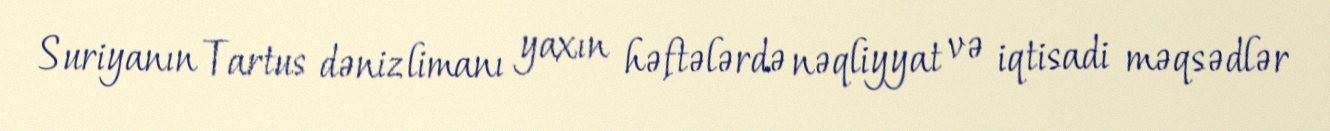
Suriyanın Tartus dəniz limanı yaxın həftələrdə nəqliyyat və iqtisadi məqsədlər